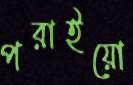
পরাইয়ো